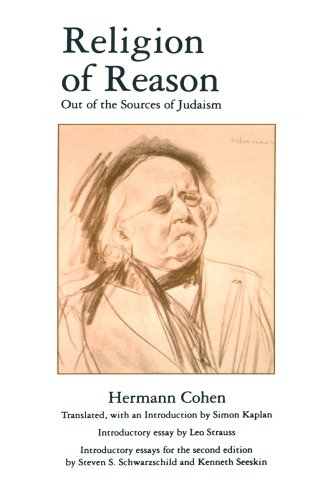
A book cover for Religion of Reason: Out of the Sources of Judaism (AAR Texts and Translations Series); Hermann Cohen; Law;